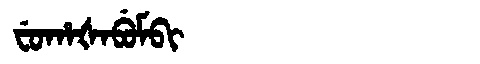
Manchu: ᠸᡠᡥᠠᡧᠠᠪᡠᠮᠪᡳ
Romanization: FUHAŠABUMBI